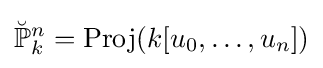
{\breve {\mathbb {P} }}_{k}^{n}=\operatorname {Proj} (k[u_{0},\dots ,u_{n}])